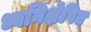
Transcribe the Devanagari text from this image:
ध्वनिक्षेपित